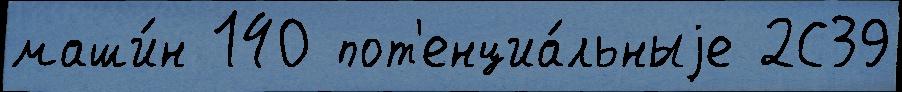
маши́н 140 пот'енциа́льныjе 2С39